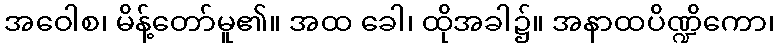
အဝေါစ၊ မိန့်တော်မူ၏။ အထ ခေါ၊ ထိုအခါ၌။ အနာထပိဏ္ဍိကော၊